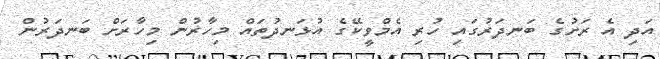
އަދި އެ ރަށުގެ ބަނދަރުގައި ހުރި އެމްވީކޭގެ އުޅަނދުތައް މިހާރުން މިހާރަށް ބަނދަރުން